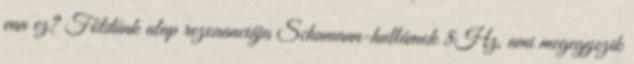
van ez? Földünk alap rezonanciája Schumann-hullámok 8Hz, ami megegyezik